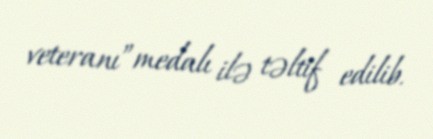
veteranı”medalı ilə təltif edilib.